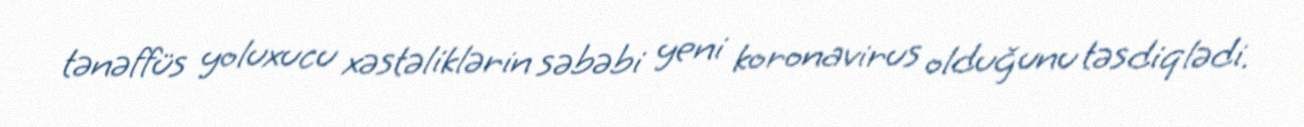
tənəffüs yoluxucu xəstəliklərin səbəbi yeni koronavirus olduğunu təsdiqlədi.